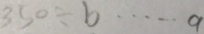
3 5 0 \div b \cdots a